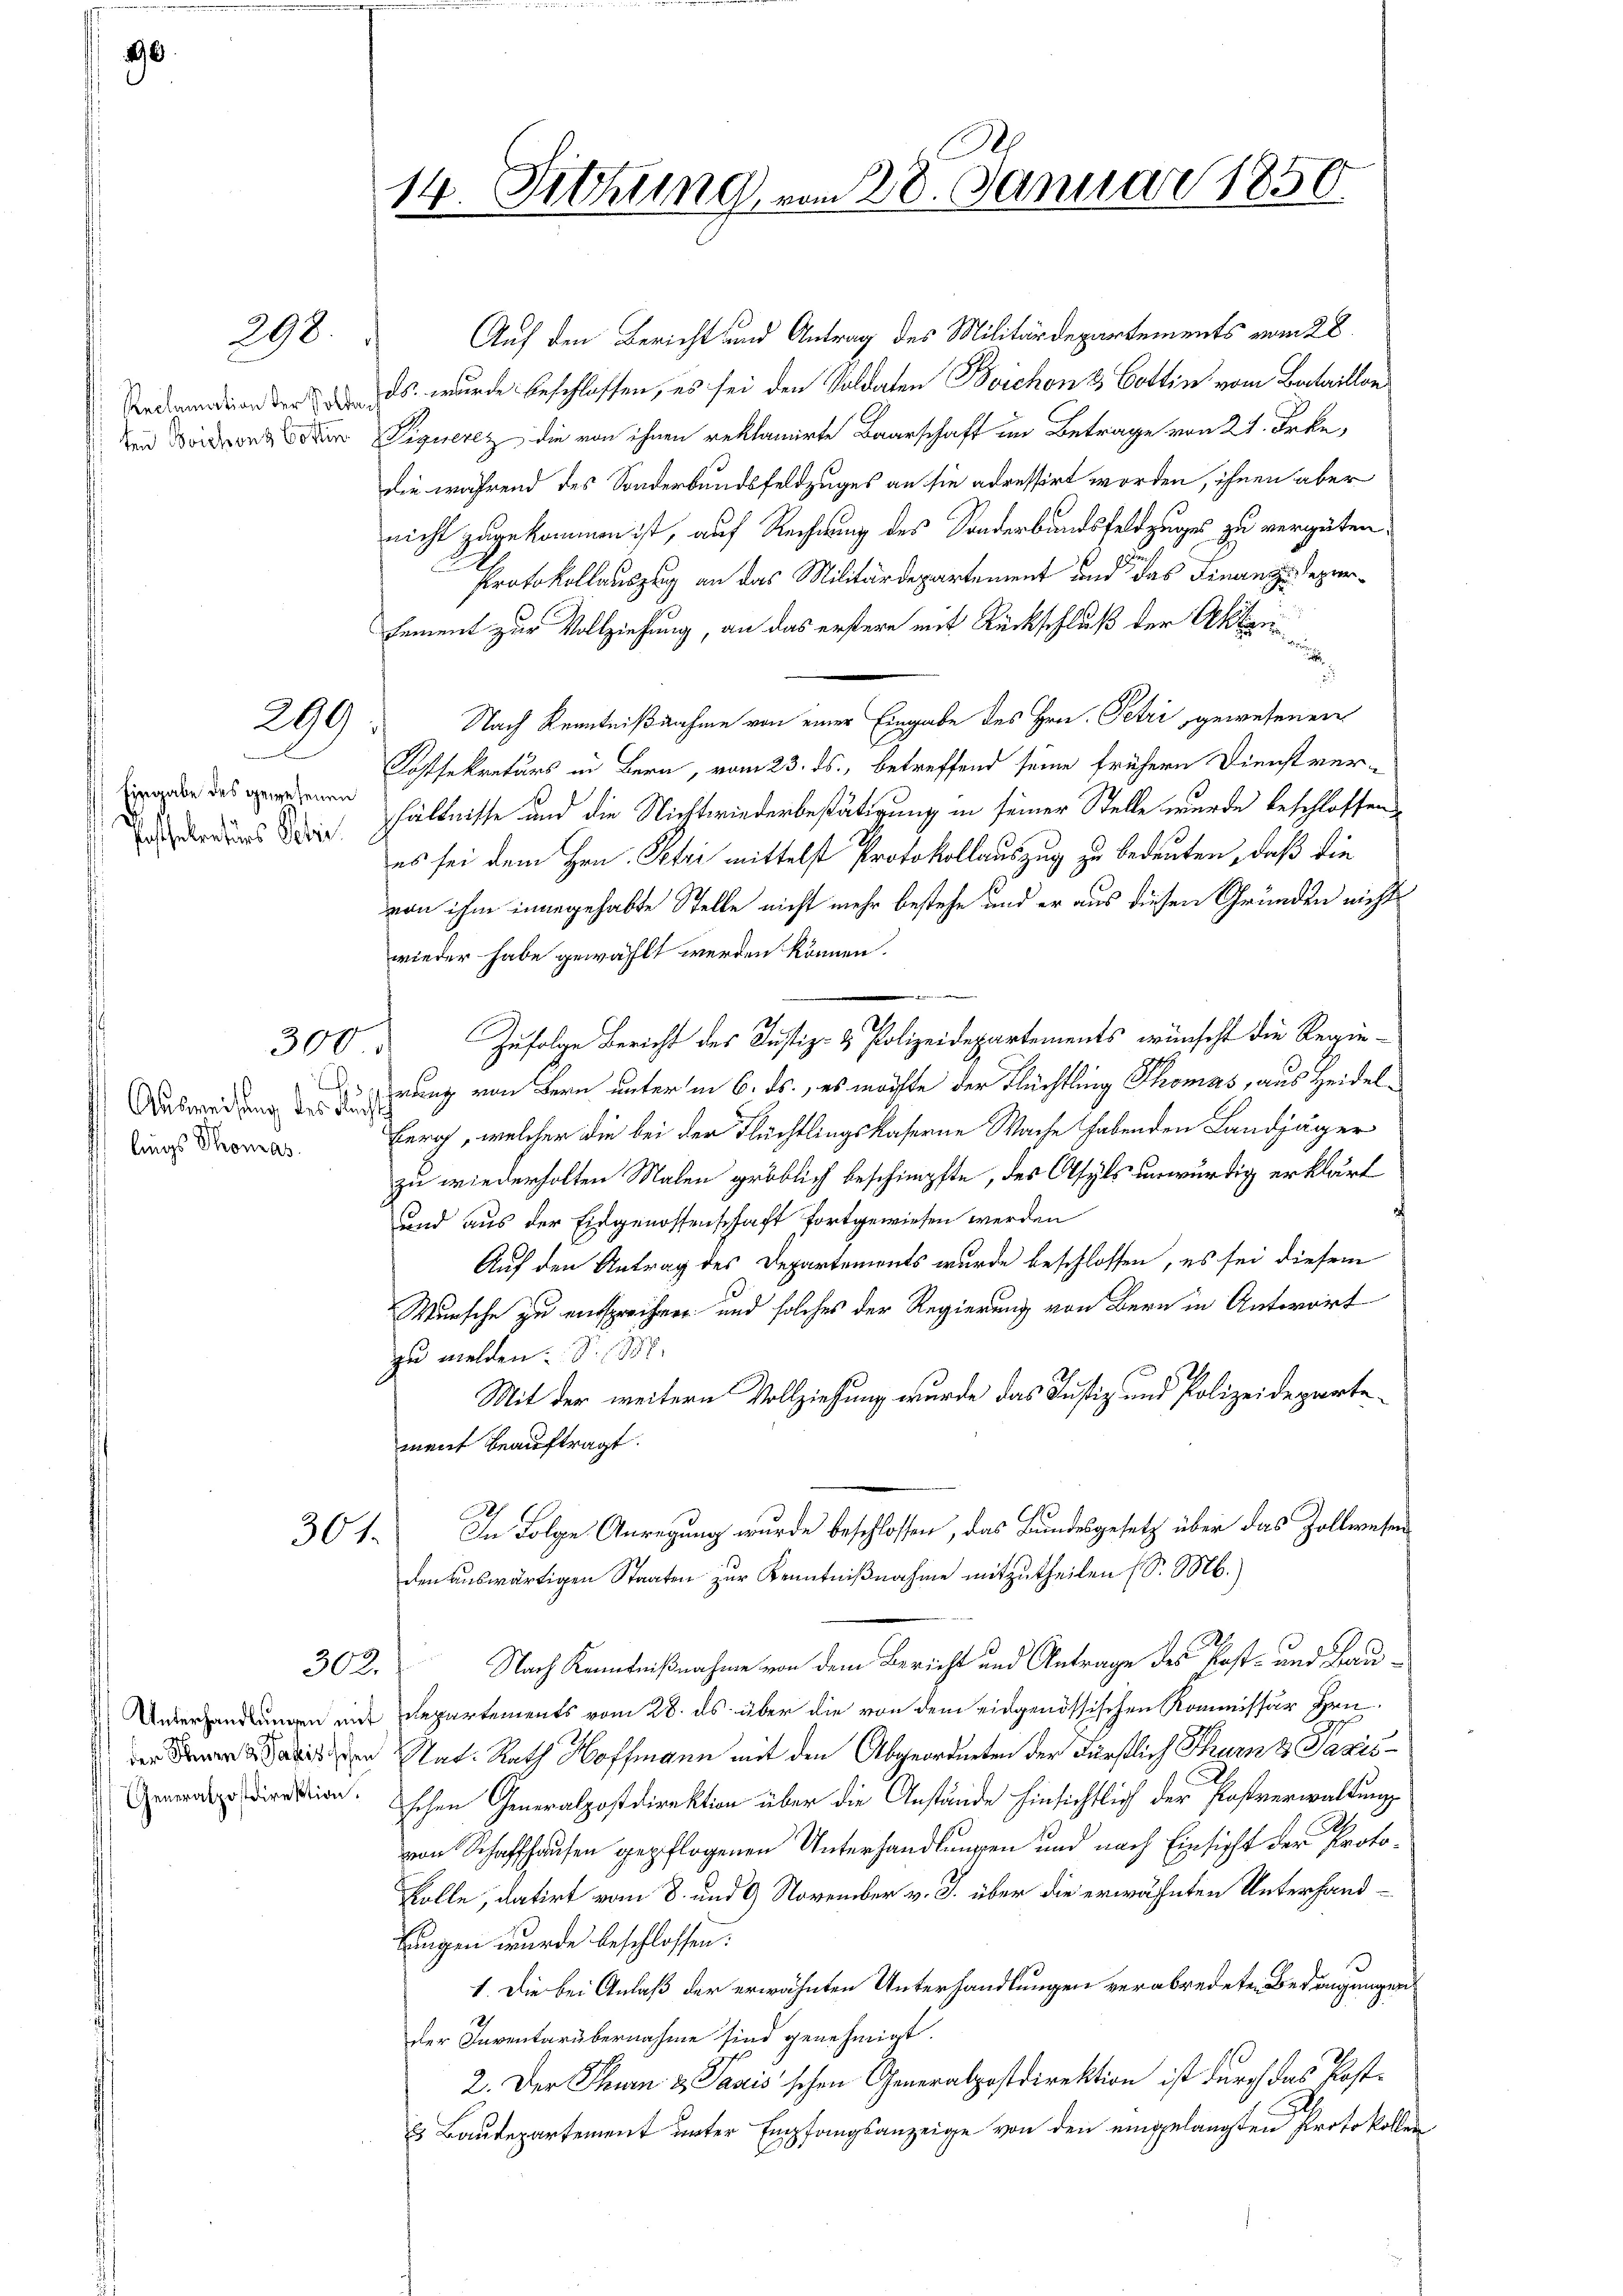
ten Boichons Cottin

299.

Eingabe des gewesenen
Paschekraturs Petrie.

Ausweisung des Flüchtich
lings Thomas

298.

30 f.

Auf den Bericht und Antrag des Militärdepartements vom 28.
Sed andernden den ds wurde beschlossen, es sei den Soldaten Boichon 3 Cottin vom Bataillon
Siquerez die von ihnen reklamirte Baarschaft im Betrage von 21. Frkn.
die während des Sonderbundsfeldzuges an sie adressirt worden, ihnen aber
nicht zugekommen ist, auf Rechnung des Sonderbandsfeldzuges zu vergüten.
Protokollauszug an das Militärdepartement und das Finanzdeparsement zur Vollziehung, an das erstere mit Rückschluß der Akten
e
Nach Kenntnißnahme von einer Eingabe des Hrn. Petri gewesenen
Kostsekretärs in Bern, vom 23. ds., betreffend seine frühern Dienstverhältnisse und die Nichtwiederbestätigung in seiner Stelle wurde beschlossen
es sei dem Hrn. Petri mittelst Protokollauszug zu bedeuten, daß die
von ihm innegehabte Stelle nicht mehr bestehe und er aus diesen Gründen nichts
wieder habe gewählt werden können.
e
300. Zufolge Bericht des Justiz- & Polizeidepartements wünscht die Regie¬
Die Krung von Bern unter in 6. ds., es möchte der Flüchtling Thomas, aus Heidel¬
Eerg, welcher die bei der Flüchtlingskaserne Wache habenden Landjäger
zu wiederholten Malen gröblich beschimpfte, des Asyls unwürdig erklärt
und aus der Eidgenossenschaft fortgewiesen werden
Auf den Antrag des Departements wurde beschlossen, es sei diesem
Wunsche zu entsprechen und solches der Regierung von Bern in Antwort
zu melden. S. M.
Mit der weitern Vollziehung wurde das Justiz und Polizeidepartement beauftragt.
In Folge Anregung wurde beschlossen, das Bundesgesetz über das Zollwesen
den auswärtigen Staaten zur Kenntnißnahme mitzutheilen (S. M.)
30 R. Nach Kenntnißnahme von dem Bericht und Antrage des Post- und Bau¬
Unterhandlungen mit Departements vom 28. ds. über die von dem eidgenössischen Kommissär Hrn.
iten Nat. Rath Hoffmann mit den Abgeordneten der Fürstlich Thur & Pazisadirektion schen Generalpostdirektion über die Anstände hinsichtlich der Postverwaltung
von Schaffhausen gepflogenen Unterhandlungen und nach Einsicht der Proto¬
Kolle, datirt vom 8. und 9 November v. J. über die erwähnten Unterhand¬
Eingen wurde beschlossen:
1
1. Die bei Anlaß der erwähnten Unterhandlungen verabredeten Bedingungen
der Inventarübernahme sind genehmigt.
2. Der Thurn & Paris'schen Generalpostdirektion ist durch das Post¬
Es Baudepartement unter Empfangsanzeige von den eingelangten Protokollen

14. Sitzung vom 28. Januar 1850